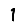
Digit: 1